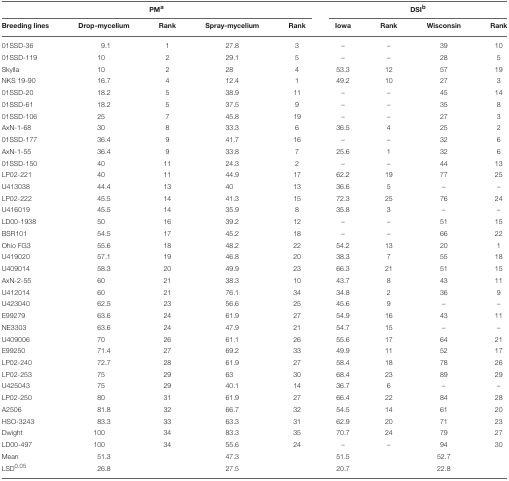
<table><thead><tr><td colspan="5"><b>PM<sup>a</sup></b></td><td colspan="4"><b>DSI<sup>b</sup></b></td></tr><tr><td><b>Breeding lines</b></td><td><b>Drop-mycelium</b></td><td><b>Rank</b></td><td><b>Spray-mycelium</b></td><td><b>Rank</b></td><td><b>Iowa</b></td><td><b>Rank</b></td><td><b>Wisconsin</b></td><td><b>Rank</b></td></tr></thead><tbody><tr><td>01SSD-36</td><td>9.1</td><td>1</td><td>27.8</td><td>3</td><td>–</td><td>–</td><td>39</td><td>10</td></tr><tr><td>01SSD-119</td><td>10</td><td>2</td><td>29.1</td><td>5</td><td>–</td><td>–</td><td>28</td><td>5</td></tr><tr><td>Skylla</td><td>10</td><td>2</td><td>28</td><td>4</td><td>53.3</td><td>12</td><td>57</td><td>19</td></tr><tr><td>NKS 19-90</td><td>16.7</td><td>4</td><td>12.4</td><td>1</td><td>49.2</td><td>10</td><td>27</td><td>3</td></tr><tr><td>01SSD-20</td><td>18.2</td><td>5</td><td>38.9</td><td>11</td><td>–</td><td>–</td><td>45</td><td>14</td></tr><tr><td>01SSD-61</td><td>18.2</td><td>5</td><td>37.5</td><td>9</td><td>–</td><td>–</td><td>35</td><td>8</td></tr><tr><td>01SSD-106</td><td>25</td><td>7</td><td>45.8</td><td>19</td><td>–</td><td>–</td><td>27</td><td>3</td></tr><tr><td>AxN-1-68</td><td>30</td><td>8</td><td>33.3</td><td>6</td><td>36.5</td><td>4</td><td>25</td><td>2</td></tr><tr><td>01SSD-177</td><td>36.4</td><td>9</td><td>41.7</td><td>16</td><td>–</td><td>–</td><td>32</td><td>6</td></tr><tr><td>AxN-1-55</td><td>36.4</td><td>9</td><td>33.8</td><td>7</td><td>25.6</td><td>1</td><td>32</td><td>6</td></tr><tr><td>01SSD-150</td><td>40</td><td>11</td><td>24.3</td><td>2</td><td>–</td><td>–</td><td>44</td><td>13</td></tr><tr><td>LP02-221</td><td>40</td><td>11</td><td>44.9</td><td>17</td><td>62.2</td><td>19</td><td>77</td><td>25</td></tr><tr><td>U413038</td><td>44.4</td><td>13</td><td>40</td><td>13</td><td>36.6</td><td>5</td><td>–</td><td>–</td></tr><tr><td>LP02-222</td><td>45.5</td><td>14</td><td>41.3</td><td>15</td><td>72.3</td><td>25</td><td>76</td><td>24</td></tr><tr><td>U416019</td><td>45.5</td><td>14</td><td>35.9</td><td>8</td><td>35.8</td><td>3</td><td>–</td><td>–</td></tr><tr><td>LD00-1938</td><td>50</td><td>16</td><td>39.2</td><td>12</td><td>–</td><td>–</td><td>51</td><td>15</td></tr><tr><td>BSR101</td><td>54.5</td><td>17</td><td>45.2</td><td>18</td><td>–</td><td>–</td><td>66</td><td>22</td></tr><tr><td>Ohio FG3</td><td>55.6</td><td>18</td><td>48.2</td><td>22</td><td>54.2</td><td>13</td><td>20</td><td>1</td></tr><tr><td>U419020</td><td>57.1</td><td>19</td><td>46.8</td><td>20</td><td>38.3</td><td>7</td><td>55</td><td>18</td></tr><tr><td>U409014</td><td>58.3</td><td>20</td><td>49.9</td><td>23</td><td>66.3</td><td>21</td><td>51</td><td>15</td></tr><tr><td>AxN-2-55</td><td>60</td><td>21</td><td>38.3</td><td>10</td><td>43.7</td><td>8</td><td>43</td><td>11</td></tr><tr><td>U412014</td><td>60</td><td>21</td><td>76.1</td><td>34</td><td>34.8</td><td>2</td><td>36</td><td>9</td></tr><tr><td>U423040</td><td>62.5</td><td>23</td><td>56.6</td><td>25</td><td>45.6</td><td>9</td><td>–</td><td>–</td></tr><tr><td>E99279</td><td>63.6</td><td>24</td><td>61.9</td><td>27</td><td>54.9</td><td>16</td><td>43</td><td>11</td></tr><tr><td>NE3303</td><td>63.6</td><td>24</td><td>47.9</td><td>21</td><td>54.7</td><td>15</td><td>–</td><td>–</td></tr><tr><td>U409006</td><td>70</td><td>26</td><td>61.1</td><td>26</td><td>55.6</td><td>17</td><td>64</td><td>21</td></tr><tr><td>E99250</td><td>71.4</td><td>27</td><td>69.2</td><td>33</td><td>49.9</td><td>11</td><td>52</td><td>17</td></tr><tr><td>LP02-240</td><td>72.7</td><td>28</td><td>61.9</td><td>27</td><td>58.4</td><td>18</td><td>78</td><td>26</td></tr><tr><td>LP02-253</td><td>75</td><td>29</td><td>63</td><td>30</td><td>68.4</td><td>23</td><td>89</td><td>29</td></tr><tr><td>U425043</td><td>75</td><td>29</td><td>40.1</td><td>14</td><td>36.7</td><td>6</td><td>–</td><td>–</td></tr><tr><td>LP02-250</td><td>80</td><td>31</td><td>61.9</td><td>27</td><td>66.4</td><td>22</td><td>84</td><td>28</td></tr><tr><td>A2506</td><td>81.8</td><td>32</td><td>66.7</td><td>32</td><td>54.5</td><td>14</td><td>61</td><td>20</td></tr><tr><td>HSO-3243</td><td>83.3</td><td>33</td><td>63.3</td><td>31</td><td>62.9</td><td>20</td><td>71</td><td>23</td></tr><tr><td>Dwight</td><td>100</td><td>34</td><td>83.3</td><td>35</td><td>70.7</td><td>24</td><td>79</td><td>27</td></tr><tr><td>LD00-497</td><td>100</td><td>34</td><td>55.6</td><td>24</td><td>–</td><td>–</td><td>94</td><td>30</td></tr><tr><td>Mean</td><td>51.3</td><td></td><td>47.3</td><td></td><td>51.5</td><td></td><td>52.7</td><td></td></tr><tr><td>LSD<sup>0.05</sup></td><td>26.8</td><td></td><td>27.5</td><td></td><td>20.7</td><td></td><td>22.8</td><td></td></tr></tbody></table>